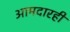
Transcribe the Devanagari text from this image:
आमदारही